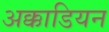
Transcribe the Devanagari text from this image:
अक्काडियन